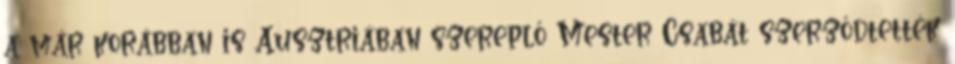
a már korábban is Ausztriában szereplő Mester Csabát szerződtették